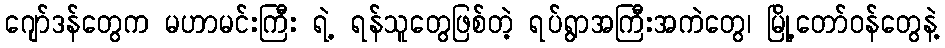
ဂျော်ဒန်တွေက မဟာမင်းကြီး ရဲ့ ရန်သူတွေဖြစ်တဲ့ ရပ်ရွာအကြီးအကဲတွေ၊ မြို့တော်ဝန်တွေနဲ့